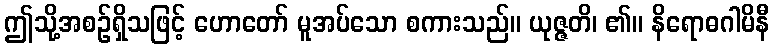
ဤသို့အစဉ်ရှိသဖြင့် ဟောတော် မူအပ်သော စကားသည်။ ယုဇ္ဇတိ၊ ၏။ နိရောဓဂါမိနီ